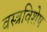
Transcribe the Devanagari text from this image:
वस्त्रविशेष